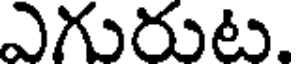
ఎగురుట.